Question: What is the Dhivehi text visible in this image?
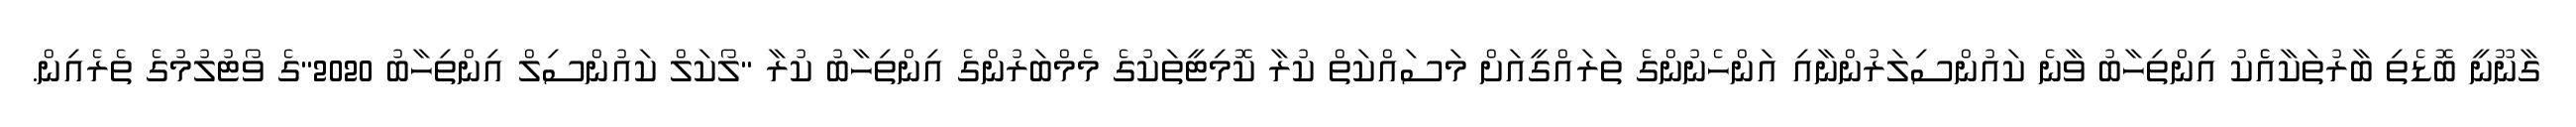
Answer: ގާނޫނީ ބޮޑެތި ބާރުތަކާއެެކު އިންތިހާބު ވާނެ ކައުންސިލަރުންނާއި އަންހެނުންގެ ތަރައްގީއަށް މަސައްކަތް ކުރާ ކޮމިޓީތަކުގެ މެމްބަރުންގެ އިންތިހާބު ކުރާ "ލޯކަލް ކައުންސިލް އިންތިހާބު 2020"ގެ ވޯޓުލުމުގެ ތެރެއިން.